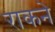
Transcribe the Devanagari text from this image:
राकने